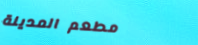
مطعم المدينة